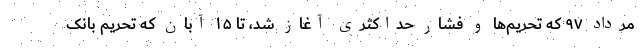
مرداد ۹۷ که تحریم‌ها و فشار حداکثری آغاز شد، تا ۱۵ آبان که تحریم بانک